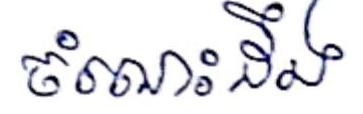
ចំណេះដឹង